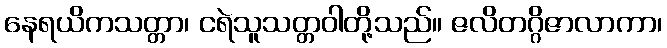
နေရယိကသတ္တာ၊ ငရဲသူသတ္တဝါတို့သည်။ ဇလိတဂ္ဂိဇာလာကာ၊